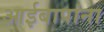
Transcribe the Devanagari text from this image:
आईबापांना